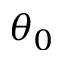
\theta _ { 0 }